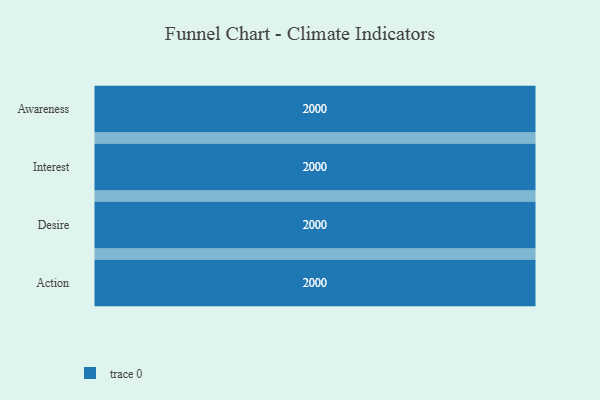
{"axis": {"x": "Stage", "y": "Value"}, "legend": [""], "data": [{"x": "Awareness", "y": 2000, "type": ""}, {"x": "Interest", "y": 2000, "type": ""}, {"x": "Desire", "y": 2000, "type": ""}, {"x": "Action", "y": 2000, "type": ""}]}